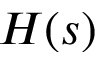
H ( s )